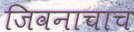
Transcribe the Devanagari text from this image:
जिवनाचाच